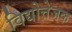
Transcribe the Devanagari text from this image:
विद्योत्तेजक